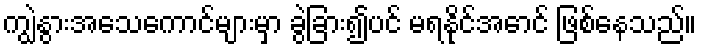
ကျွဲနွားအသေကောင်များမှာ ခွဲခြား၍ပင် မရနိုင်အောင် ဖြစ်နေသည်။